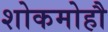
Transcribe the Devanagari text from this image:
शोकमोहौ